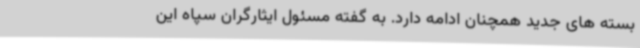
بسته های جدید همچنان ادامه دارد. به گفته مسئول ایثارگران سپاه این